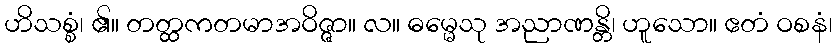
ဟိသစ္စံ၊ ၏။ တတ္ထကတမာအဝိဇ္ဇာ။ လ။ ဓမ္မေသု အညာဏန္တိ၊ ဟူသော။ ဧတံ ဝစနံ၊